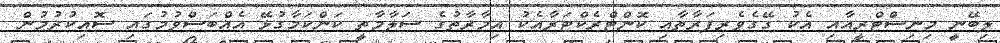
ލިބޭނީ މިނިސްޓްރީއާއި އެކު ގޭގެވެރިފަރާތާއި ކޮންޓްރެކްޓަރާއެކު އިމާރާތުގެ ސަލާމާތީ ކަންކަމާގުޅޭ އެއްބަސްވުމުގައި ސޮއިކުރުމުން